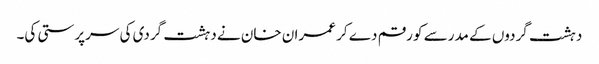
دہشت گردوں کے مدرسے کو رقم دے کر عمران خان نے دہشت گردی کی سرپرستی کی۔